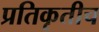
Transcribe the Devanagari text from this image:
प्रतिकृतीच